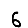
Digit: 6